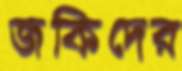
জকিদের